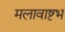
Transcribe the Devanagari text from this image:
मलावाष्टभ